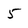
Character: 5